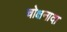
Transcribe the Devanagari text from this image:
चोक्षनादा